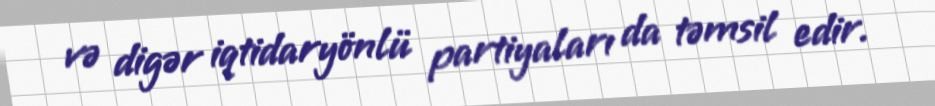
və digər iqtidaryönlü partiyaları da təmsil edir.